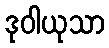
ဒုဝါယုသာ